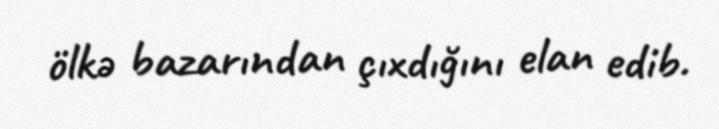
ölkə bazarından çıxdığını elan edib.